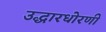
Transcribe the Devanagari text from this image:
उद्धारधोरणी